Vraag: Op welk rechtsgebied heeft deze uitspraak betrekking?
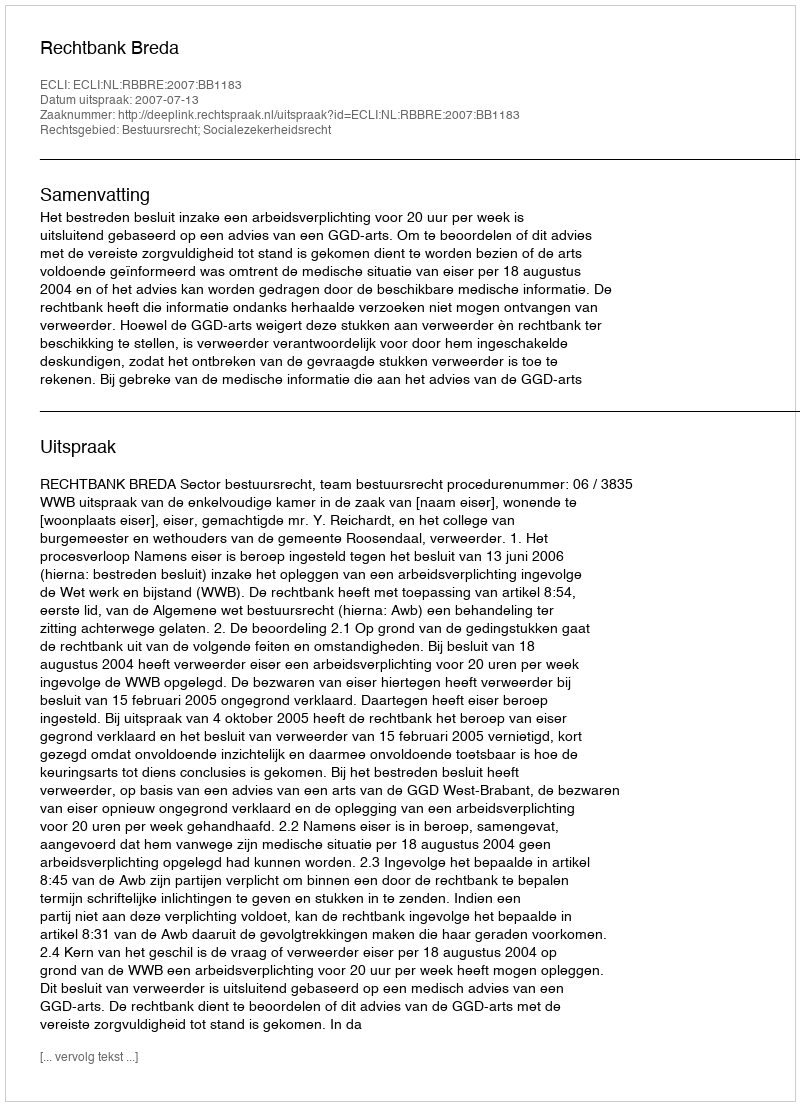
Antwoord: Bestuursrecht; Socialezekerheidsrecht